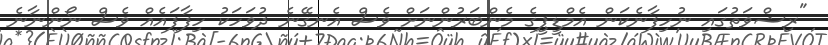
"ރިޝްވަތުގައި ނުހިފާނެކަން އެމްޑީޕީގެ މެންބަރުންނަށް ވެސް އެނގޭނެ ދުވަހަކު ހިފާފައެއް ވެސް ނޯންނާނެ